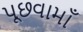
પૂછવામાઁ